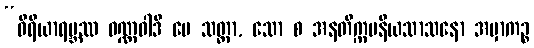
“ဝီရိယာရမ္ဘဿ ဝဏ္ဏဝါဒီ မေ သတ္ထာ, သော စ အနတိက္ကမနီယသာသနော အမှာကဉ္စ